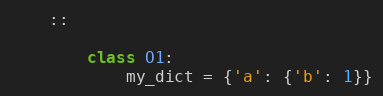
Language: Python
    ::

        class O1:
            my_dict = {'a': {'b': 1}}